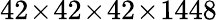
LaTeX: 42\! \times\! 42\! \times\! 42\! \times\! 1448